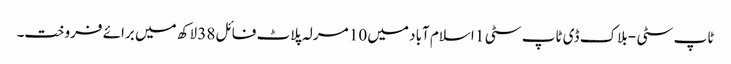
ٹاپ سٹی - بلاک ڈی ٹاپ سٹی 1 اسلام آباد میں 10 مرلہ پلاٹ فائل 38 لاکھ میں برائے فروخت۔